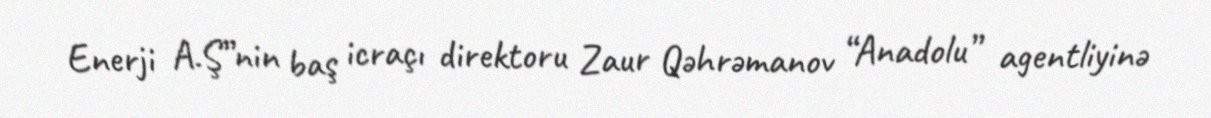
Enerji A.Ş”nin baş icraçı direktoru Zaur Qəhrəmanov “Anadolu” agentliyinə